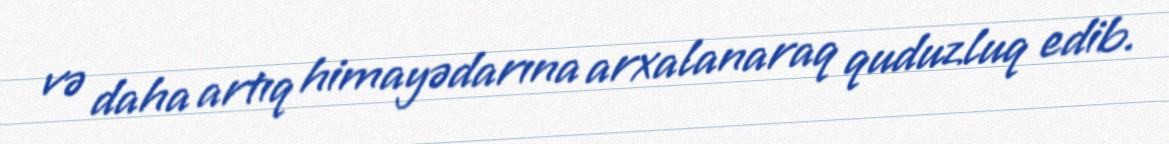
və daha artıq himayədarına arxalanaraq quduzluq edib.